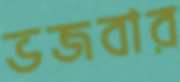
ভজবার